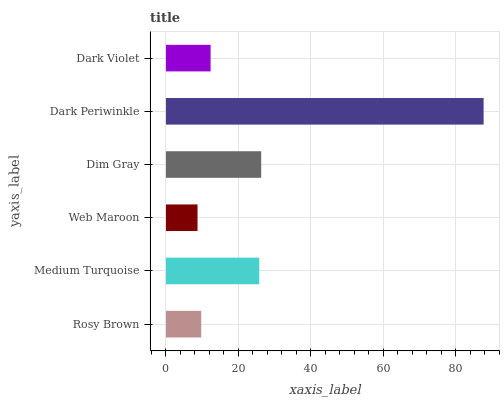
| yaxis_label | bars |
 | --- | --- |
 | Rosy Brown | 9.73 |
 | Medium Turquoise | 25.7 |
 | Web Maroon | 8.71 |
 | Dim Gray | 26.3 |
 | Dark Periwinkle | 87.7 |
 | Dark Violet | 12.3 |